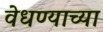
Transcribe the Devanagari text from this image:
वेधण्याच्या